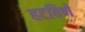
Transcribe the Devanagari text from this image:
हटविणे